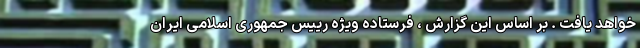
خواهد یافت . بر اساس این گزارش ، فرستاده ویژه رییس جمهوری اسلامی ایران